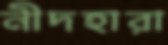
নীদহারা